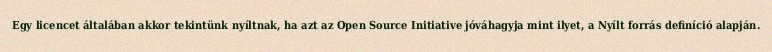
Egy licencet általában akkor tekintünk nyíltnak, ha azt az Open Source Initiative jóváhagyja mint ilyet, a Nyílt forrás definíció alapján.